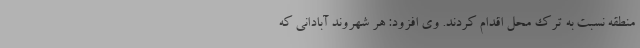
منطقه نسبت به ترک محل اقدام کردند. وی افزود: هر شهروند آبادانی که